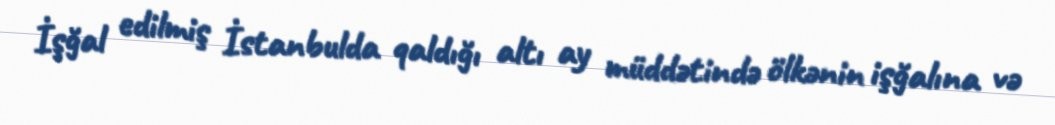
İşğal edilmiş İstanbulda qaldığı altı ay müddətində ölkənin işğalına və